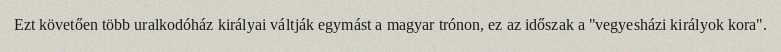
Ezt követően több uralkodóház királyai váltják egymást a magyar trónon, ez az időszak a "vegyesházi királyok kora".